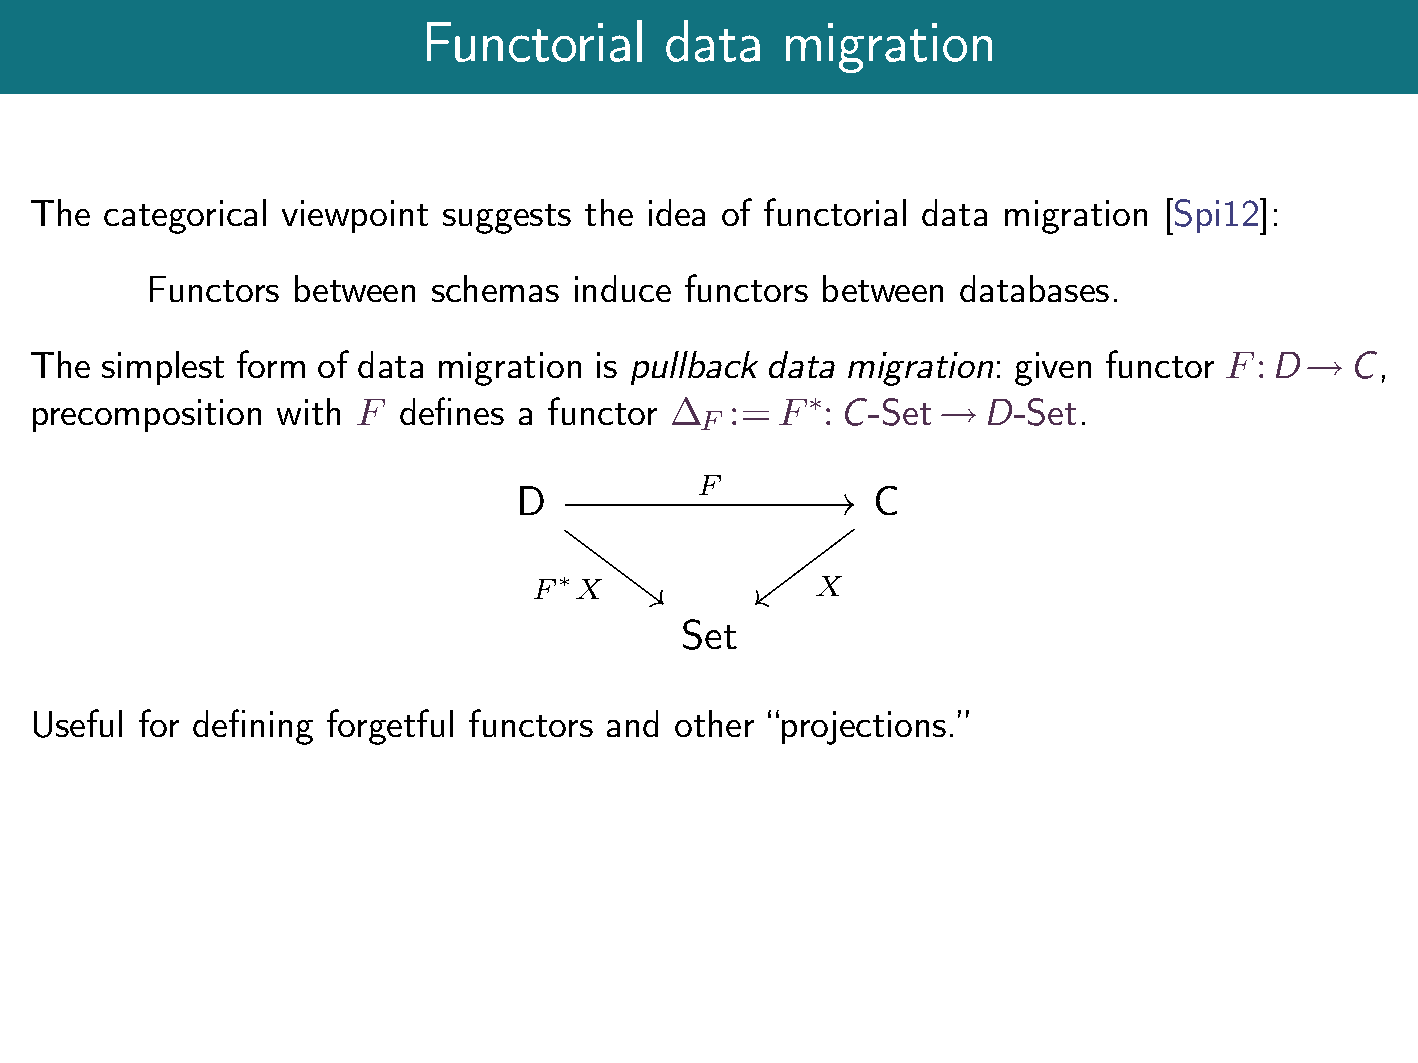
Functorial      data    migration
 The  categorical viewpoint suggests  the idea of functorial data migration [Spi12]:
 Functors between   schemas  induce functors between  databases.
 The  simplest form of data migration is pullback data migration: given functor F:D     C,
 !
 precomposition  with  F defines a functor    := F  : C-Set    D-Set.
 F      
 !
 F
 D                       C
 F∗X                X
 Set
 Useful for defining forgetful functors and other projections.